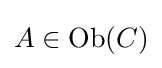
A\in \mathop {\rm {Ob}} (C)